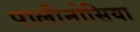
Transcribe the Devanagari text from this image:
पालीनोसिया